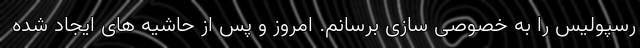
رسپولیس را به خصوصی سازی برسانم. امروز و پس از حاشیه های ایجاد شده